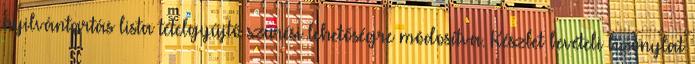
nyilvántartás lista tételgyűjtő szűrési lehetőségre módosítva. Készlet bevételi bizonylat